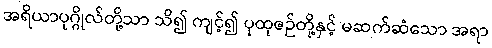
အရိယာပုဂ္ဂိုလ်တို့သာ သိ၍ ကျင့်၍ ပုထုဇဉ်တို့နှင့် မဆက်ဆံသော အရာ